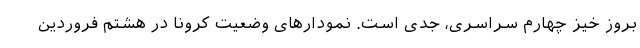
بروز خیز چهارم سراسری، جدی است. نمودارهای وضعیت کرونا در هشتم فروردین